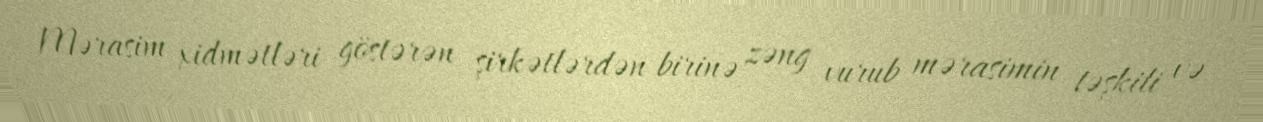
Mərasim xidmətləri göstərən şirkətlərdən birinə zəng vurub mərasimin təşkili və